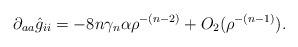
LaTeX: \begin{align*}\partial_{aa}\hat{g}_{ii}&=-8n\gamma_n\alpha \rho^{-(n-2)} + O_2(\rho^{-(n-1)}).\end{align*}